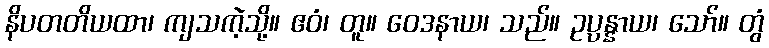
နိပတတိယထာ၊ ကျသကဲ့သို့။ ဧဝံ၊ တူ။ ဝေဒနာယ၊ သည်။ ဥပ္ပန္နာယ၊ သော်။ တွံ